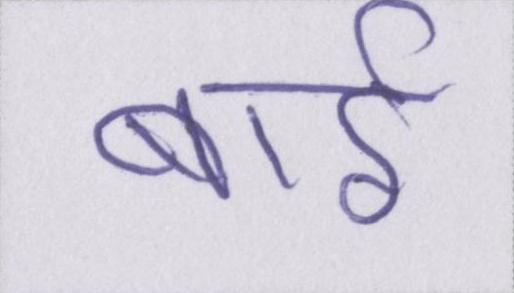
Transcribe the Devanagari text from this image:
बाईं